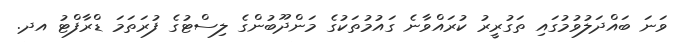
ވަނަ ބައްދަލުވުމުގައި ތަގުރީރު ކުރައްވާނެ ގައުމުތަކުގެ މަންދޫބުންގެ ލިސްޓުގެ ފުރަތަމަ ޑްރާފްޓު އދ.